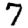
Digit: 7